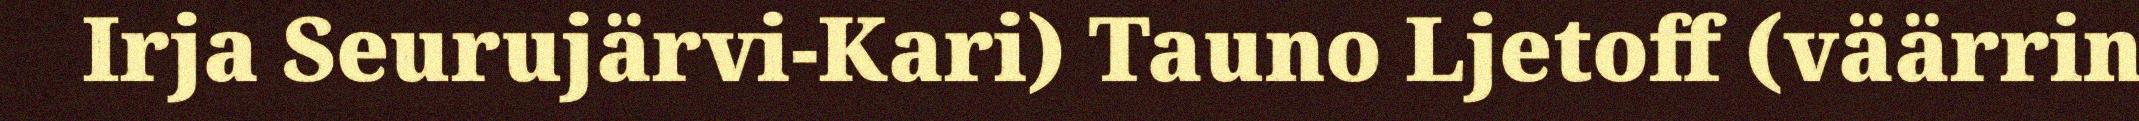
Irja Seurujärvi-Kari) Tauno Ljetoff (väärrin